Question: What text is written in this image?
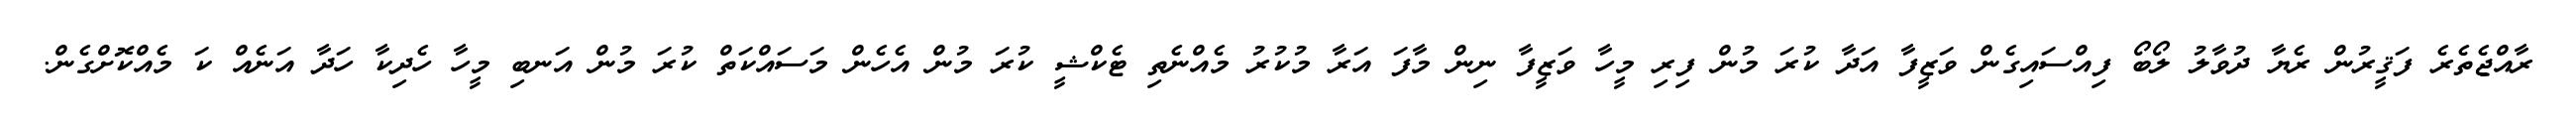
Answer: ރާއްޖެތެރެ ފަޤީރުން ރެޔާ ދުވާލު ލޯބޯ ފިއްސައިގެން ވަޒީފާ އަދާ ކުރަ މުން ފިރި މީހާ ވަޒީފާ ނިން މާފަ އަރާ މުކުރު މެއްނެތި ޓެކްޝީ ކުރަ މުން އެހެން މަސައްކަތް ކުރަ މުން އަނބި މީހާ ހެދިކާ ހަދާ އަނެއް ކަ މެއްކޮށްގެން.